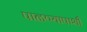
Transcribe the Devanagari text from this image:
पाळण्यापाशी